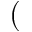
(